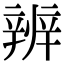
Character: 辨